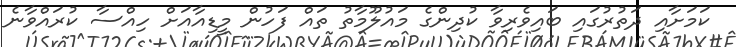
ކަމަށާއި ދަތުރުގައި ބައިވެރިވާ ކުދިންގެ މައުލޫމާތު ތައް ފަހުން މީޑިއާއަށް ހިއްސާ ކުރައްވާނެ